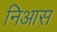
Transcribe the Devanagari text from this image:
निआस